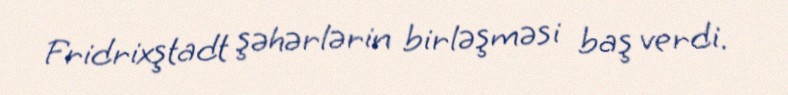
Fridrixştadt şəhərlərin birləşməsi baş verdi.